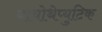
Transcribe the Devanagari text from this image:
बायोथेप्युटिक